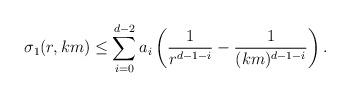
LaTeX: \begin{align*}\sigma_{1}(r,km)\le \sum_{i=0}^{d-2}a_i\left({1\over r^{d-1-i}}-{1\over (km)^{d-1-i}}\right).\end{align*}